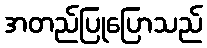
အတည်ပြုပြောသည်